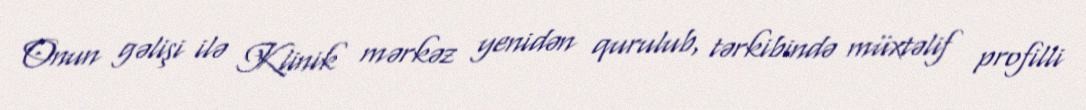
Onun gəlişi ilə Klinik mərkəz yenidən qurulub, tərkibində müxtəlif profilli